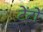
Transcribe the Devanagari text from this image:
टेंटों